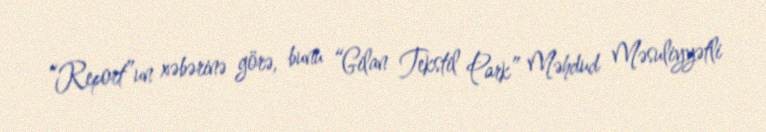
“Report”un xəbərinə görə, bunu “Gilan Tekstil Park” Məhdud Məsuliyyətli